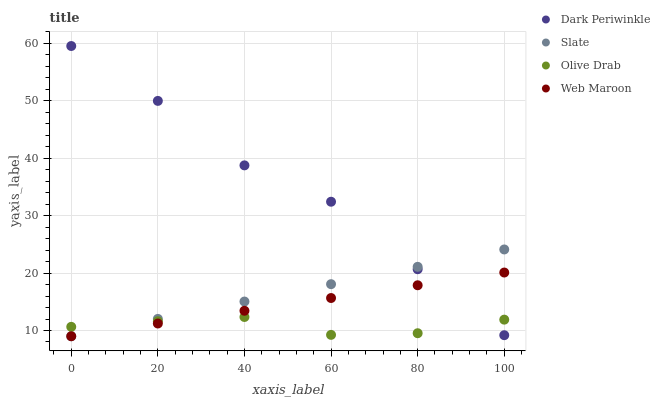
| xaxis_label | Dark Periwinkle | Slate | Olive Drab | Web Maroon |
 | --- | --- | --- | --- | --- |
 | 0 | 59.5 | 9 | 10.6 | 9 |
 | 20 | 50 | 12 | 11.6 | 11.2 |
 | 40 | 38.8 | 15 | 12.4 | 13.4 |
 | 60 | 32.4 | 18.1 | 9.24 | 15.7 |
 | 80 | 20.7 | 21.1 | 9.53 | 17.9 |
 | 100 | 9.18 | 24.1 | 11.9 | 20.1 |